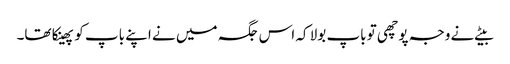
بیٹے نے وجہ پوچھی تو باپ بولا کہ اس جگہ میں نے اپنے باپ کو پھینکا تھا۔